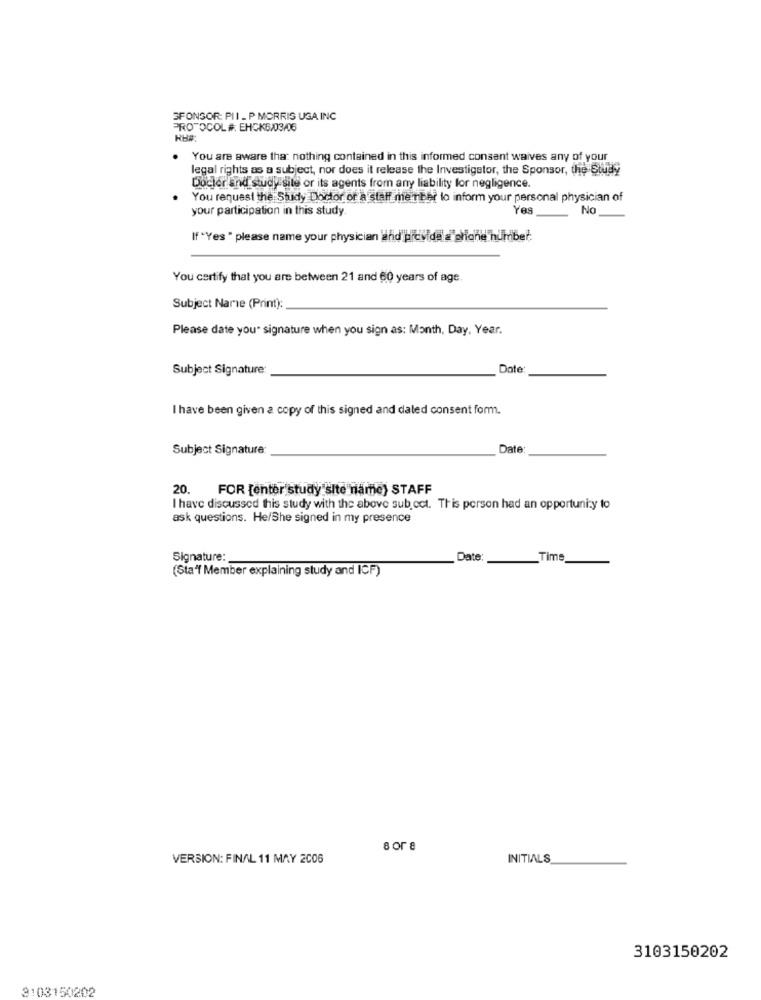
SPONSOR: PII_ P MORRIS USA INC
PROTOCOL #. EHCK6/03/06
RH#:
You are aware that nothing contained in this informed consent waives any of your
legal rights as a subject, nor does it release the Investigator, the Sponsor, the Study
Docler End study site or its agents from any liability for negligence.
You request the Shady Doctor of a staff member to inform your personal physician of
your participation in this study.
Yes
No
If "Yes " please name your physician and provide a phone number.
You certify that you are between 21 and 60 years of age
Subject Name (Print):
Please date you" signature when you sign as: Month, Day. Year.
Subject Signature
Date
I have been given a copy of this signed and daled consent form.
Subject Signature:
Date
20. FOR [enter study site name) STAFF
I have discussed this study with the above sub oct. This person had an opportunity to
ask questions. He/She signed in my presence
Signature:
Date:
Time
(Sta'f Member explaining study and ICF)
8 or 8
VERSION: FINAL 11 MAY 2006
INITIALS
3103150202
3:03150202